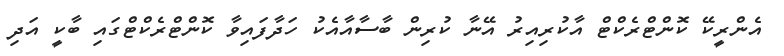
އެންރީކޭ ކޮންޓްރެކްޓް އާކުރިއިރު އޭނާ ކުރިން ބާސާއާއެކު ހަދާފައިވާ ކޮންޓްރެކްޓްގައި ބާކީ އަދި